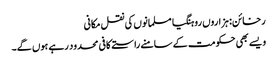
رخائن: ہزاروں روہنگیا مسلمانوں کی نقل مکانی
ویسے بھی حکومت کے سامنے راستے کافی محدود رہے ہوں گے۔